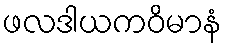
ဖလဒါယကဝိမာနံ